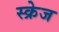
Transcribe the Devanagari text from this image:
स्क्रेज